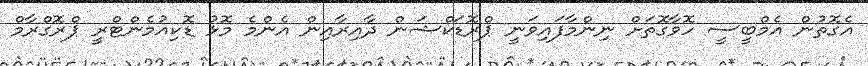
އެގޮތުން އެމްބީސީ ހޮވާގޮތަށް ނިންމާފައިވަނީ ޕްރޮޑަކްޝަން ދާއިރާއިން އެންމެ މޮޅު ޑޮކިއުމެންޓްރީ ޕްރޮގްރާމް